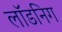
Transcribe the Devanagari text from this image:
लॉडनिग